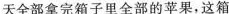
天全部拿完箱子里全部的苹果，这箱